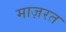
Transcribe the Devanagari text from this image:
माज़रत